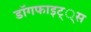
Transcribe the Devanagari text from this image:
डाॅगफाइट््स